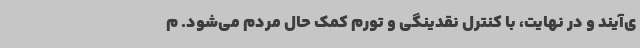
ی‌آیند و در نهایت، با کنترل نقدینگی و تورم کمک حال مردم می‌شود. م